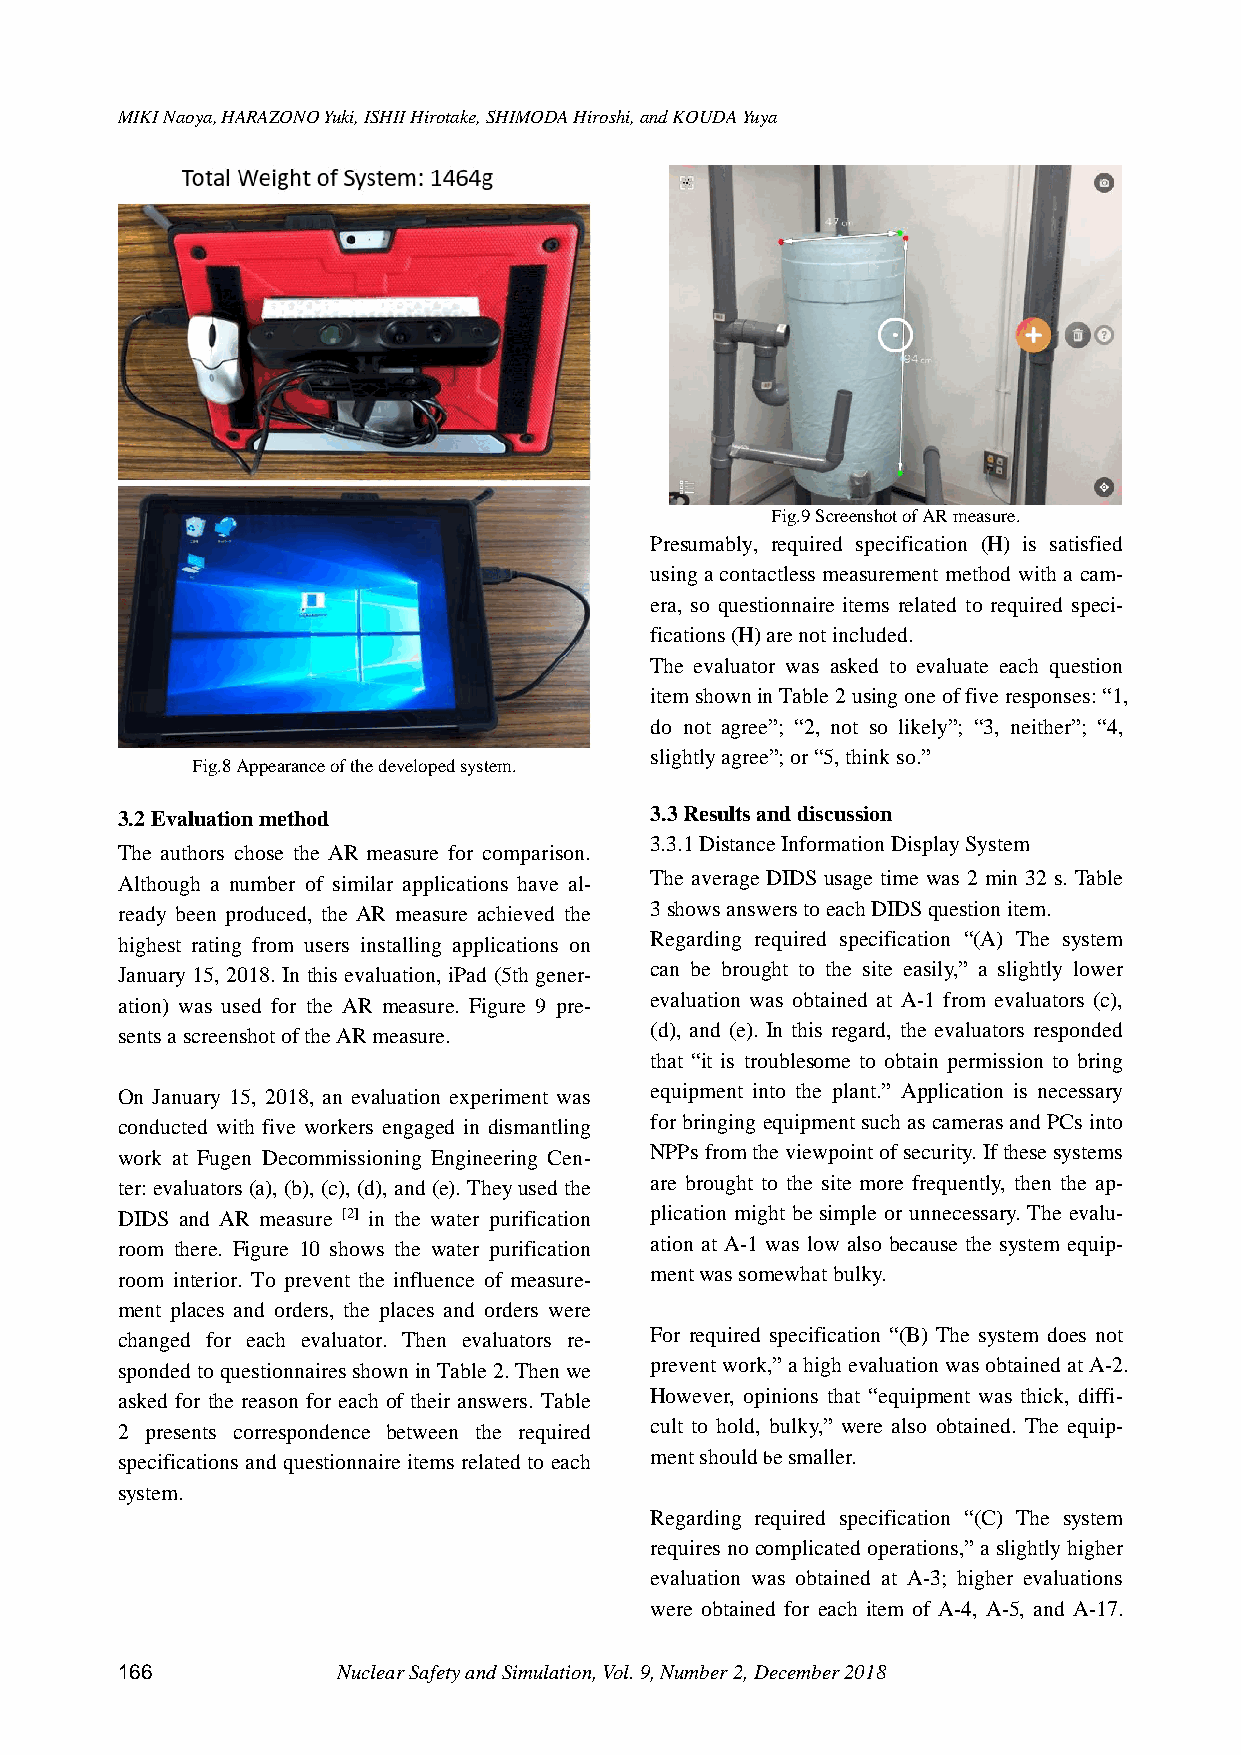
MIKI Naoya, HARAZONO Yuki, ISHII Hirotake, SHIMODA Hiroshi, and KOUDA Yuya
 Fig.9 Screenshot of AR measure.
 Presumably, required specification (H) is satisfied
 using a contactless measurement method with a cam-
 era, so questionnaire items related to required speci-
 fications (H) are not included.
 The evaluator was asked to evaluate each question
 item shown in Table 2 using one of five responses: “1,
 do not agree”; “2, not so likely”; “3, neither”; “4,
 slightly agree”; or “5, think so.”
 Fig.8 Appearance of the developed system.
 3.2 Evaluation method              3.3 Results and discussion
 3.3.1 Distance Information Display System
 The authors chose the AR measure for comparison.
 Although a number of similar applications have al- The average DIDS usage time was 2 min 32 s. Table
 ready been produced, the AR measure achieved the 3 shows answers to each DIDS question item.
 highest rating from users installing applications on Regarding required specification “(A) The system
 January 15, 2018. In this evaluation, iPad (5th gener- can be brought to the site easily,” a slightly lower
 ation) was used for the AR measure. Figure 9 pre- evaluation was obtained at A-1 from evaluators (c),
 sents a screenshot of the AR measure. (d), and (e). In this regard, the evaluators responded
 that “it is troublesome to obtain permission to bring
 On January 15, 2018, an evaluation experiment was equipment into the plant.” Application is necessary
 conducted with five workers engaged in dismantling for bringing equipment such as cameras and PCs into
 work at Fugen Decommissioning Engineering Cen- NPPs from the viewpoint of security. If these systems
 ter: evaluators (a), (b), (c), (d), and (e). They used the are brought to the site more frequently, then the ap-
 DIDS and AR measure [2] in the water purification plication might be simple or unnecessary. The evalu-
 room there. Figure 10 shows the water purification ation at A-1 was low also because the system equip-
 room interior. To prevent the influence of measure- ment was somewhat bulky.
 ment places and orders, the places and orders were
 changed for each evaluator. Then evaluators re- For required specification “(B) The system does not
 sponded to questionnaires shown in Table 2. Then we prevent work,” a high evaluation was obtained at A-2.
 asked for the reason for each of their answers. Table However, opinions that “equipment was thick, diffi-
 2 presents correspondence between the required cult to hold, bulky,” were also obtained. The equip-
 specifications and questionnaire items related to each ment should be smaller.
 system.
 Regarding required specification “(C) The system
 requires no complicated operations,” a slightly higher
 evaluation was obtained at A-3; higher evaluations
 were obtained for each item of A-4, A-5, and A-17.
 166           Nuclear Safety and Simulation, Vol. 9, Number 2, December 2018